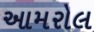
આમરોલ